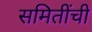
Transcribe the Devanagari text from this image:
समितींची